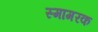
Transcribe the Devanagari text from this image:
स्मामरक